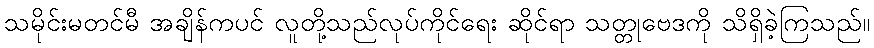
သမိုင်းမတင်မီ အချိန်ကပင် လူတို့သည်လုပ်ကိုင်ရေး ဆိုင်ရာ သတ္တုဗေဒကို သိရှိခဲ့ကြသည်။